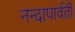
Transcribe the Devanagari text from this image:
नन्दापार्वती